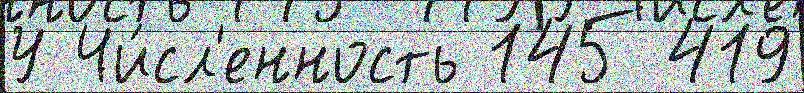
У Чи́сл'енность 145 419